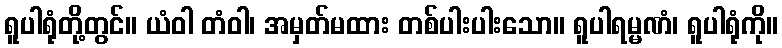
ရူပါရုံတို့တွင်။ ယံဝါ တံဝါ၊ အမှတ်မထား တစ်ပါးပါးသော။ ရူပါရမ္မဏံ၊ ရူပါရုံကို။